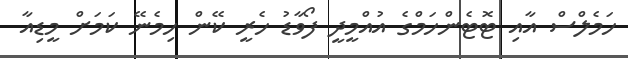
ހަމެލްްސް އާއި ޓޮޓެންހަމްގެ އުއްމީދީ ފޯވާޑު ހެރީ ކޭން ހިމެނޭ ކަމަށް މީޑިއާ